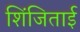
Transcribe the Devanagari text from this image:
शिंजिताई